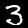
Label: 3